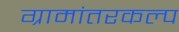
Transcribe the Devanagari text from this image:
ग्रामांतरकल्प